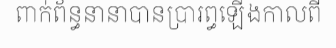
ពាក់ព័ន្ធនានាបានប្រារព្ធឡើងកាលពី